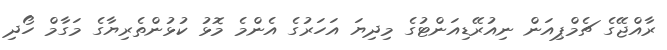
ރާއްޖޭގެ ޗެމްޕިއަން ނިއުރޭޑިއަންޓުގެ މިދިޔަ އަހަރުގެ އެންމެ މޮޅު ކުޅުންތެރިޔާގެ މަގާމް ހޯދި